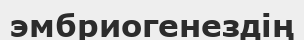
эмбриогенездің